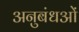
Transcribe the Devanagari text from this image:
अनुबंधओं